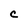
Character: C